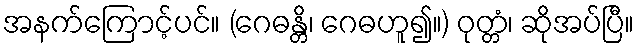
အနက်ကြောင့်ပင်။ (ဂေဓန္တိ၊ ဂေဓဟူ၍။) ဝုတ္တံ၊ ဆိုအပ်ပြီ။